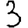
Digit: 3